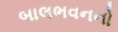
બાલભવનનો